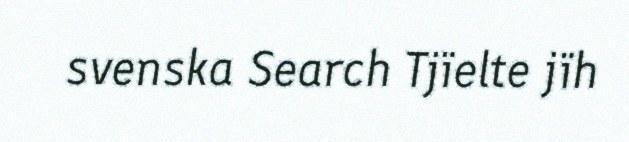
svenska Search Tjïelte jïh